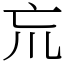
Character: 巟